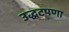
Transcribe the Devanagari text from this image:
उद्धटपणा